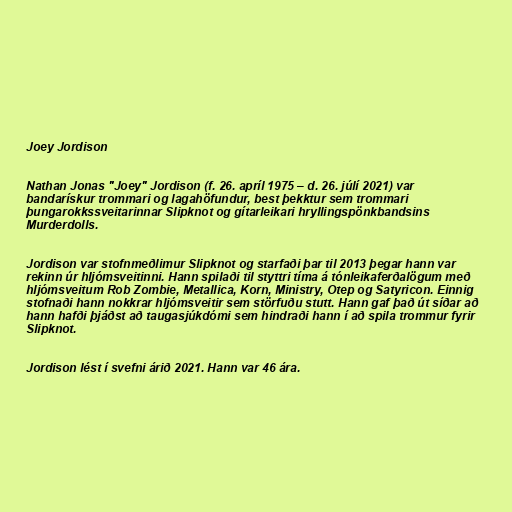
Joey Jordison

Nathan Jonas "Joey" Jordison (f. 26. apríl 1975 – d. 26. júlí 2021) var
bandarískur trommari og lagahöfundur, best þekktur sem trommari
þungarokkssveitarinnar Slipknot og gítarleikari hryllingspönkbandsins
Murderdolls.

Jordison var stofnmeðlimur Slipknot og starfaði þar til 2013 þegar hann var
rekinn úr hljómsveitinni. Hann spilaði til styttri tíma á tónleikaferðalögum með
hljómsveitum Rob Zombie, Metallica, Korn, Ministry, Otep og Satyricon. Einnig
stofnaði hann nokkrar hljómsveitir sem störfuðu stutt. Hann gaf það út síðar að
hann hafði þjáðst að taugasjúkdómi sem hindraði hann í að spila trommur fyrir
Slipknot.

Jordison lést í svefni árið 2021. Hann var 46 ára.